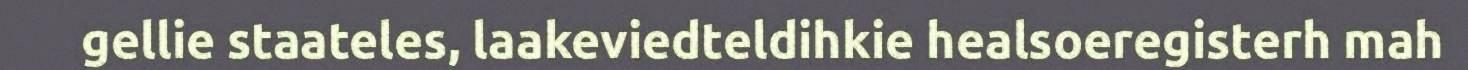
gellie staateles, laakeviedteldihkie healsoeregisterh mah